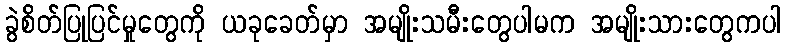
ခွဲစိတ်ပြုပြင်မှုတွေကို ယခုခေတ်မှာ အမျိုးသမီးတွေပါမက အမျိုးသားတွေကပါ